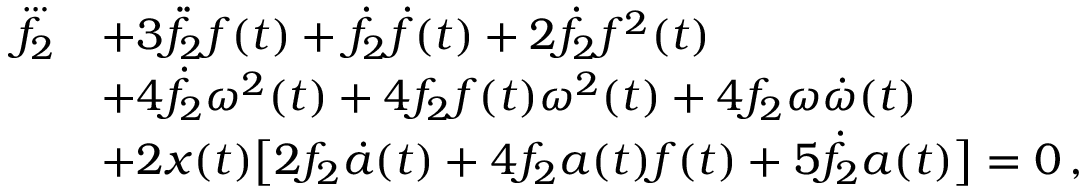
\begin{array} { r l } { \dddot { f _ { 2 } } } & { + 3 \ddot { f } _ { 2 } f ( t ) + \dot { f } _ { 2 } \dot { f } ( t ) + 2 \dot { f } _ { 2 } f ^ { 2 } ( t ) } \\ & { + 4 \dot { f } _ { 2 } \omega ^ { 2 } ( t ) + 4 f _ { 2 } f ( t ) \omega ^ { 2 } ( t ) + 4 f _ { 2 } \omega \dot { \omega } ( t ) \vphantom { \left( \dot { f } _ { 2 } \right) } } \\ & { + 2 x ( t ) \big [ 2 f _ { 2 } \dot { a } ( t ) + 4 f _ { 2 } a ( t ) f ( t ) + 5 \dot { f } _ { 2 } a ( t ) \big ] = 0 \, , } \end{array}